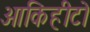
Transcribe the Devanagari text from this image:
आकिहीटो